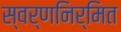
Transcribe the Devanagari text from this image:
स्वर्णनिर्मित